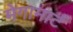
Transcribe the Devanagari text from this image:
मेगामार्ट